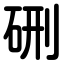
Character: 硎